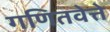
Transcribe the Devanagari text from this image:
गणितवेत्ते